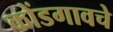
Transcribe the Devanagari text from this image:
कोंडगावचे